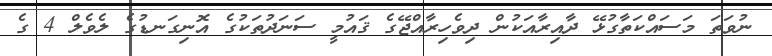
ނުވަތަ މަސައްކަތާގުޅޭ ދާއިރާއަކުން ދިވެހިރާއްޖޭގެ ޤައުމީ ސަނަދުތަކުގެ އޮނިގަނޑުގެ ލެވެލް 4 ގެ